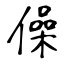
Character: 僺